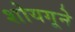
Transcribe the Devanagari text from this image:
शोयगूने